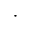
\cdot